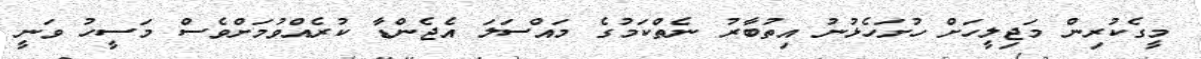
މީގެކުރިން މަޖިލީހަށް ހުށަހެޅުނު އިތުބާރު ނެތްކަމުގެ މައްސަލަ އެޖެންޑާ ކުރެއްވުމަށްވެސް މަސީހު ވަނީ